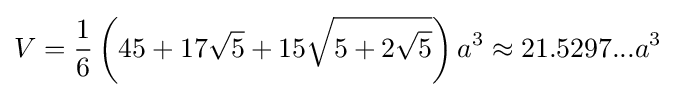
V={\frac {1}{6}}\left(45+17{\sqrt {5}}+15{\sqrt {5+2{\sqrt {5}}}}\right)a^{3}\approx 21.5297...a^{3}